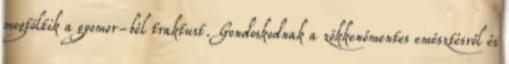
megtöltik a gyomor-bél traktust. Gondoskodnak a zökkenőmentes emésztésről és